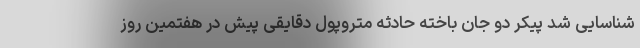
شناسایی شد پیکر دو جان باخته حادثه متروپول دقایقی پیش در هفتمین روز